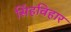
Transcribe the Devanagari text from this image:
सिंहविहार